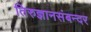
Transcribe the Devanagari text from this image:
तिरुज्ञानसंबन्दर